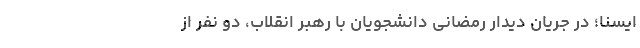
ایسنا؛ در جریان دیدار رمضانی دانشجویان با رهبر انقلاب، دو نفر از